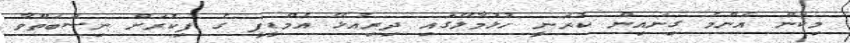
މިކަން އެންމެ ގިނައިން ކުރަނީ ހުޅުމާލޭގައި ދިރިއުޅޭ އެމްޑީޕީ ގެ ފިކުރަށް ނިސްބަތްވާ